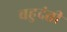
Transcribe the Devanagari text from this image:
बहुदंती